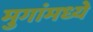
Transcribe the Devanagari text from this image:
मुगांमध्ये